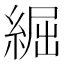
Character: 𦁐